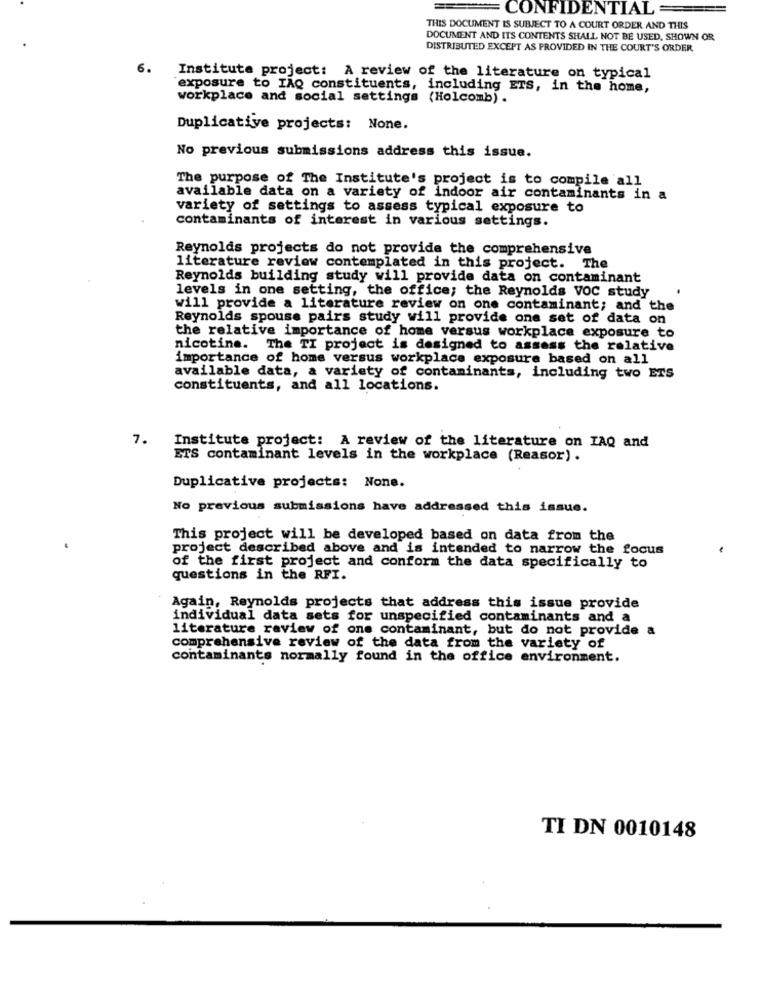
CONFIDENTIAL=
THIS DOCUMENT IS SUBJECT TO A COURT ORDER AND THIS
DOCUMENT AND ITS CONTENTS SHALL NOT BE USED, SHOWN OR
DISTRIBUTED EXCEPT AS PROVIDED IN THE COURT'S ORDER
6.
Institute project: A review of the literature on typical
"exposure to IAQ constituents, including ETS, in the home,
workplace and social settings (Holcomb) .
Duplicative projects: None.
No previous submissions address this issue.
The purpose of The Institute's project is to compile all
available data on a variety of indoor air contaminants in a
variety of settings to assess typical exposure to
contaminants of interest in various settings.
Reynolds projects do not provide the comprehensive
literature review contemplated in this project. The
Reynolds building study will provide data on contaminant
levels in one setting, the office; the Reynolds VOC study
will provide a literature review on one contaminant; and the
Reynolds spouse pairs study will provide one set of data on
the relative importance of home versus workplace exposure to
nicotine. The TI project is designed to assess the relative
importance of home versus workplace exposure based on all
available data, a variety of contaminants, including two ETS
constituents, and all locations.
7.
Institute project: A review of the literature on IAQ and
ETS contaminant levels in the workplace (Reasor) .
Duplicative projects: None.
No previous submissions have addressed this issue.
This project will be developed based on data from the
project described above and is intended to narrow the focus
of the first project and conform the data specifically to
questions in the RFI.
Again, Reynolds projects that address this issue provide
individual data sets for unspecified contaminants and a
literature review of one contaminant, but do not provide a
comprehensive review of the data from the variety of
contaminants normally found in the office environment.
TI DN 0010148